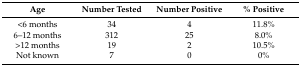
<table><thead><tr><td><b>Age</b></td><td><b>Number Tested</b></td><td><b>Number Positive</b></td><td><b>% Positive</b></td></tr></thead><tbody><tr><td>&lt;6 months</td><td>34</td><td>4</td><td>11.8%</td></tr><tr><td>6–12 months</td><td>312</td><td>25</td><td>8.0%</td></tr><tr><td>&gt;12 months</td><td>19</td><td>2</td><td>10.5%</td></tr><tr><td>Not known</td><td>7</td><td>0</td><td>0%</td></tr></tbody></table>